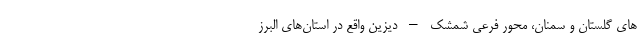
های گلستان و سمنان، محور فرعی شمشک – دیزین واقع در استان‌های البرز